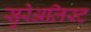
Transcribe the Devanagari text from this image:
सुरेअलिस्ट